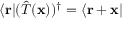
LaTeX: \langle \mathbf { r } | ( { \hat { T } } ( \mathbf { x } ) ) ^ { \dagger } = \langle \mathbf { r } + \mathbf { x } |